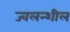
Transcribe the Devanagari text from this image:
ज्वलन्शील